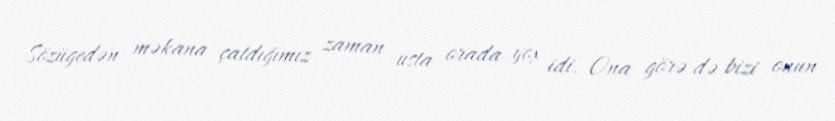
Sözügedən məkana çatdığımız zaman usta orada yox idi. Ona görə də bizi onun